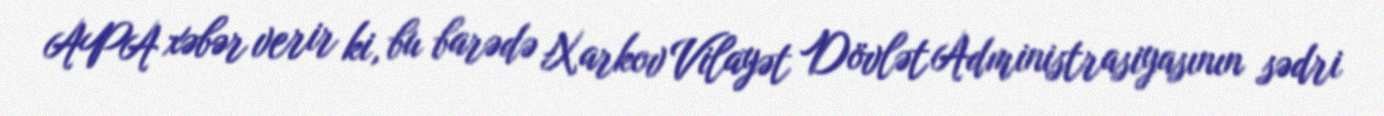
APA xəbər verir ki, bu barədə Xarkov Vilayət Dövlət Administrasiyasının sədri